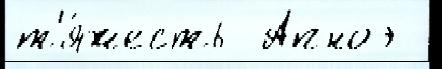
т'я́жесть  Апноэ